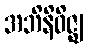
အဘိနိဝိဇ္ဈ